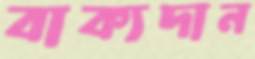
বাক্যদান